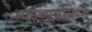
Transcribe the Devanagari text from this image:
आईब्यूप्रोफ़न